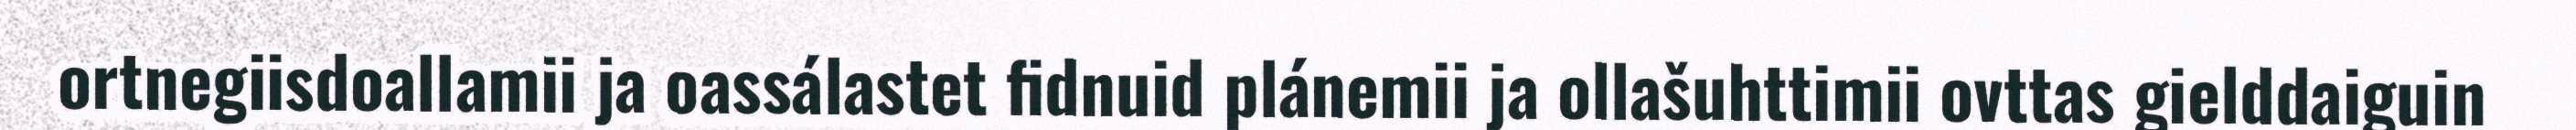
ortnegiisdoallamii ja oassálastet fidnuid plánemii ja ollašuhttimii ovttas gielddaiguin